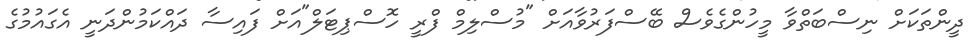
ދީންތަކަށް ނިސްބަތްވާ މީހުންގެވެސް ބޭސްފަރުވާއަށް "މުސްލިމް ފްރީ ހޮސްޕިޓަލް"އަށް ފައިސާ ދައްކަމުންދަނީ އެގައުމުގެ